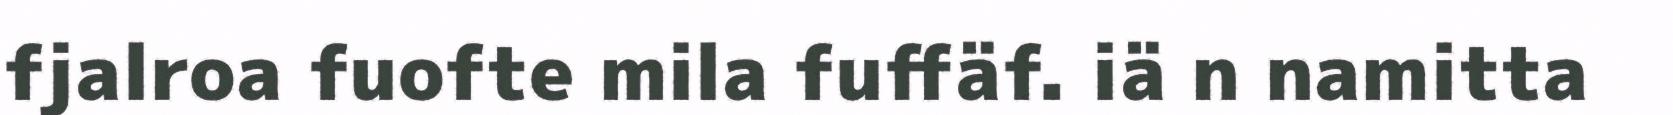
fjalroa fuofte mila fuffäf. iä n namitta